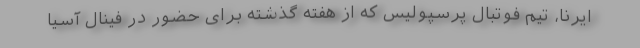
ایرنا، تیم فوتبال پرسپولیس که از هفته گذشته برای حضور در فینال آسیا